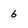
Character: 6